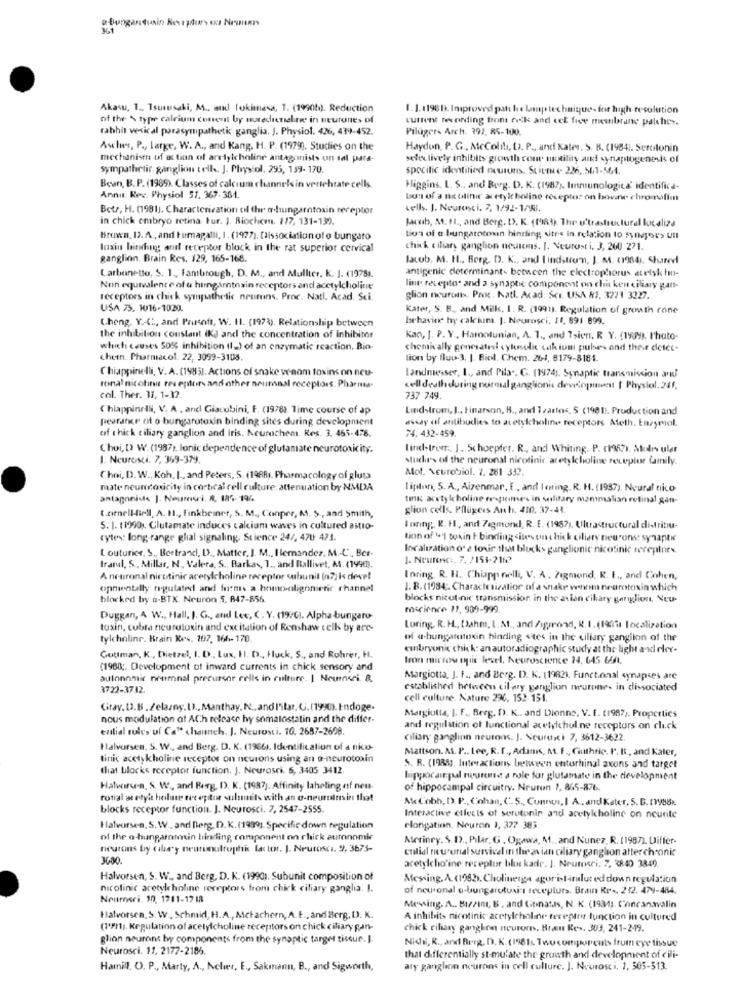
Akawu, 1 ., Tsurusaki, M ., and Tokimesa, T. (1990h). Reduction
1.1.1198 D. Improved pati le lamp technique- for high-resolution
of the \ type calcium content by nurechensahne in neurones of
current recording from nok and cet free membrane palches.
rabhit vesical parasympathetic ganglia. J. Physiol. 426, 439-452.
Pilüger- Arch. 392, 85-100.
Aulus, P ., large, W. A ., and Kang, H. P. (1979). Studies on the
Haydon, P.G ., AcColib, D. P ., and Kater. S. B. (1984 :. Serotonin
mechanisen of at tion of aretylcholine antagonists un sal para-
selex lively inhibits growth con motility and synaptogenesis of
sympathetic ganglion tell. J. Physiol. 295, 139- 170.
specific identified neurons. SLittHe 226, 561-564.
Been, B. P. (1989). Classes of calcium channels in vertebrate cells
Higgins. L. S ., and Berg. D. K. (1987). Immunologica' identifica-
Annu Rev. Physiol 57. 367-384.
bu: of a Bit olinic acetylcholine receptor on bova- chromalimn
Botr, H. (1981). Characterization of the aliungarntoxin receptor
cells. J. Neurosci. 7. 1/92-1/98.
in chick embryo retina. Fur. J. Riochem. 1/7, 131-139.
Jacob, M. 11 ., and Berg. D. K. (198%). The u'trastructural localiza
Brown, 12. A, and Hurmagalli, I. (1977). Dissociation of o bungato
tion of e bungatotoxin binding sites in relation to synger's ull
Inxin hitting and receptor block in the rat superior cervical
chick ciliary ganglion neurons. J. Veurost i, J, 200 271.
ganglion. Brain Res. 129, 165-168.
Jacob, M. H ., Borg. D. K ., and Lindstrom, J. M. 0984). Shared
antigenic determinant- between the electrophorus atelyk ho-
Larbenetto, S. 1 ., fambrough, D. M ., and Muller, K. J. (1978).
Non equivalente of a himgamtrain receptors and acetylcholine
line receptor and a synaptic component on chia ken ciliary gan-
receptors in chick sympathetic neurons. Proc. Natl. Acad. Sci.
glion neurons. Pak. Katl. Acad. Se1. USA 87, 3271 3227.
USA 75. 1016-1020.
Kater, S. B ., and Mills, I. R. (1991). Regulation of greath rone
Cheng, Y .- 4 :, and Prusoft, W. H. (1973). Relationship between
behavine hy calcium. J. Neurosci. 11, 891 899.
the inhibition constant (KJ and the concentration of Inhibitor
Kan, I. P. Y ., Harootunian, A. 1 ., and Tsien, R Y. (1939). l'hoto-
which causes 50%% inhibition (l ) of an enzymatic reaction. Bio-
chemically generated sylusulit tak ium pulses and their detce-
chern. Pharmacol. 22, 3099-3108.
tion by fluo-3. I. Biol. Chem. 26-1, 8179-8181.
Chiappinelli, V. A. (1985). Actions of snake venom toxins on neu-
Landmesser, I ., and Pila .. G. (1974 ;. Synaptic transmission aw
ronal nicotini receptors and other neuronal receptors. Pharma-
cell death during normal ganglionic development [ Physiol. 241.
col. Ther. 31, 1-32.
737 749.
Chiappinelli, V. A, and Giacobini, F. (1978). Time course of ap
Lindstrom, J ., Finarson, B ., and Izartos, 5 (1981). Production and
pearare of o bungarotoxin binding sites during development
estay af antibodies to acetylcholine receptors Ateth. Easyriol.
of thick ciliary ganglion and Iris. Neurochem. Res. 3. 465-476.
74.432-459
Choi, [› W. (1987), lonic dependence of glutamate neurotoxicity.
lind-truer ., 1 ., Schoepter. R ., and Whiting. P. (1967). Mudr ular
1. Neurosci. 7, 369-379.
studies of the neuronal nicotinic acetylcholine receptor family.
Mot. Neurobiol. 7. 281 337.
Choi, D.W ., Koh. I ., and Peters, S. (1988). Pharmacology of gluta
mate neurtoxicity in cortical cell culture: attenuation by NMDA
lipton, S. A ., Aizenmar, E ., and loring. R. H. (1987), Neural nico-
antagonids J. Neurosi. R. 185- 194
tink acetylcholine respones in solitary mammalian retinal gan-
t.ornell-liell, A. H ., finkbeiner, S. M ., Conper, M. S ., and Smith,
glion cells. Pflügers Anh. 410, 37-43.
S. I. (1990 ,. Glutamate induces calcium waves in cultured astro-
Inring. R. H ., and Zagmond, R. E. (1987), Ultrastructural distribu-
cytes: long-range glial signaling. Science 24/, 470 473.
tinn of "1 toxin t binding sites ou s hick ciliary neurons: synaptk
( outurier. S ., Bertrand, D ., Matter, J. M ., Hernandez, M. C ., Ber-
localization o' a tovir that bluck> ganglionic nicotink receptors.
J. Neurenic .. 7. 2151-216?
Irarul, S ., Millar, N. Valera, S ., Barkas, 1 ., and Ballivet, A. (1990).
A neuronal nicotinic acetylcholine receptor subunit (n7)is deve!
Inring. R. H ., Chiapp nelli, V. A. Figmond, R. I ., and Cohen,
opmentally regulated and forms a homo-alignminic channel
1. B. (1984 ;. Characterization of a snake whom neurotoxin which
blocked by a-BTX. Neuron 5, 847-856
blocks nicotinic transmission in the avian cikary ganglion. Neu-
enscience 11, 909-999
Duggan, A W ., Hall, I. G ., and Lee, C. V. (1996). Alpha-bungaro-
toxin, cubra neurotoxin and excitation of Renshaw tell by are-
Luring. R. H ., Dahm, L.At ., and /igrond, R.I. (1901 localization
tylcholine. Brain Res. 107, 166-170
of a-bungatutoein binding <tes in the ciliary gangilon of the
embryonic chick: an autoradiographic study at the light and eler-
Guttman, K ., Dietzel, I. D ., Lux, HI. D ., Huck, S ., and Rohrer, H.
tron micros opis level, Neuroscience 24, 645 65AL.
(1988 ;. Development of inward currents in chick sensory and
autonomic neumnal precursor cells in culture. | Neunneri. 8.
Margiotta, J. F ., and Berg. D. K. (1982). Functional synapces are
3722-3742.
established between cil ary ganglion neurone- in dissociated
cell culture, Nature 296, 152- 151.
Giray. [).B. /elasny. 1). Manthay. N ., and lar. C. (1990). Indoge.
nous modulation of ACh release hy somatostatin and the differ-
Margiotta, I. F ., Berg, D. K .. and Dionne. V. E. (1987). Properties
ential rules of Ca" channeh. J. Neurosti. 10. 2687-2698.
and regulation of functional acetylchul.ne receptors on click
ciliary ganglion neurons. J. Neuro ti 7, 3612-3622
Halvorsen, S. W ., and Berg. D. K. (1966). Identification of a liku-
Mattson. A. P .. Lee, R. r ., Adams, M. F ., Guthrie. P. B ., and Kater,
tinic acetykholine receptor on neurons using an a-neurotoxin
that blocks receptor function. J. Neurosri. 6, 3405 3412
S. R. (1988). Interactions between entorhinal axons and target
hippocampal neurone a role for glutamate in the development
Hatwirun, S. W ., and Berg, D. K. (1987). Affinity labeling of neu-
of hippocampal circuitry. Neuron 1, 865-876.
ronal at etyl holme recepitoe sului'ts with an o-neureslerin that
Ac Cobb, D. P ., Cohan, C.S ., Connus, I A, and Kater, S. B. 11988%.
blocks receptor function. J. Neurosci. 7, 2547-2555.
Interactive ellecis of serotonin and acetylcholine on neurite
Halvorsen, S. W ., and Berg, D. K.(1999). Specific down regulation
elongation. Neuron 1, 377 383
of the a-hungaramartin binding, component on chick autonomie
Aterinry. S.D ., Pilar, G. Ogawa, M ., and Nunez, R. [1987). Differ-
neurons bry Gils'y neuronutrophic later. J. Neurosci. 9, 3673-
ential neuronal survival in the avian ciliary ganglion atter chronic
3600
acetylcholine receptor blue kade. J. Neurocri. 7. 3840 3849.
Halvorsen, S. W ., and Berg, D. K. (1990). Subunit composition of
Messing, A.(1982). Cholinerga agorislirulut ed down regulation
nicotinic acetylcholine receptors from chick ciliary ganglia. I.
of neuronal e-bungarutusin teveplurs. Brain Re -, 212. 479-484.
Nourneri. 30, 1711-17 IR
Messing. A .. Bizim, B . and Citinatas, N. K. (1931), Concanavalin
Halvorsen, S. W ., Schmid, H.A ., Metachern, A.F ., and Berg, D). K.
A inhibits nicotinic acetylcholine receptor function in cultured
(17/1). Regulation of acetylcholine receptors on chick ciliary pan-
chick ciliary ganghon neurom. Brain Res. 303, 241-249.
glion neurons by components from the synaptic target tissue. ].
Nichi, R ., and Berg, D. K. (1981s. Two components from eye tissue
Neurosci. 11, 2177-2186.
that differentially st-mulate the growth and development of cili-
Hamill. O. P ., Marty, A ., Acher, E ., Sakmann, B ., and Sigworth,
ary ganglion neurons in cell culture. J. Neurosci, 1, 305-313.